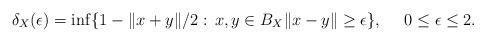
LaTeX: \begin{align*}\delta_X(\epsilon)=\inf\{1-\|x+y\|/2:\,x,y\in B_X\|x-y\|\geq\epsilon\},\ \ \ \ 0\leq \epsilon\leq 2. \end{align*}